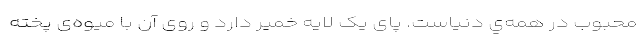
محبوب در همه‌‌ي دنیاست. پای یک لایه خمیر دارد و روی آن با میوه‌ی پخته